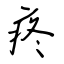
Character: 疼